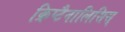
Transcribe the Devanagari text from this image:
क्रिप्टैनालिसिस्